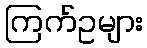
ကြက်ဥများ